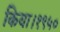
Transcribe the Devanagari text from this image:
किया।१९५०